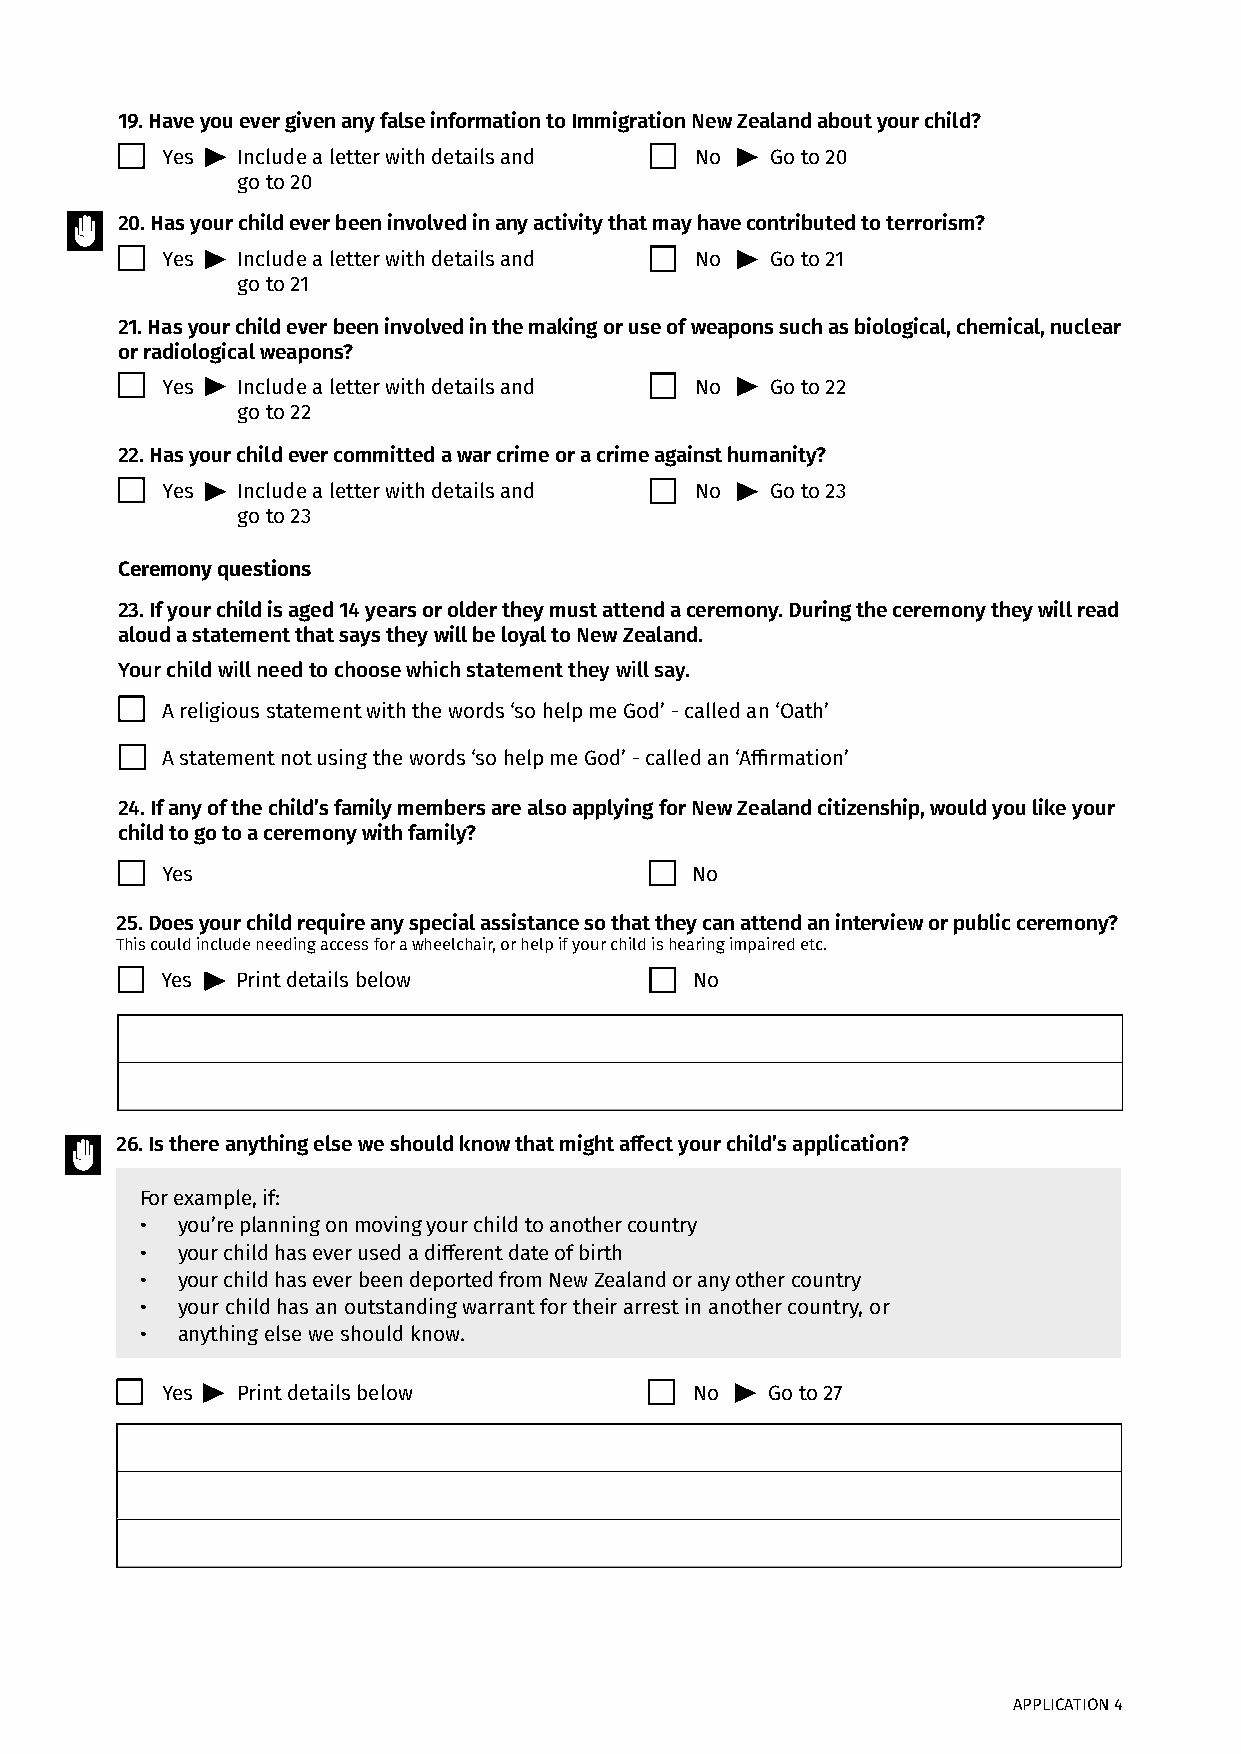
19. Have you ever given any false information to Immigration New Zealand about your child?
 Yes  Include a letter with details and No Go to 20
 go to 20
 20. Has your child ever been involved in any activity that may have contributed to terrorism?
 Yes  Include a letter with details and No Go to 21
 go to 21
 21. Has your child ever been involved in the making or use of weapons such as biological, chemical, nuclear
 or radiological weapons?
 Yes  Include a letter with details and No Go to 22
 go to 22
 22. Has your child ever committed a war crime or a crime against humanity?
 Yes  Include a letter with details and No Go to 23
 go to 23
 Ceremony questions
 23. If your child is aged 14 years or older they must attend a ceremony. During the ceremony they will read
 aloud a statement that says they will be loyal to New Zealand.
 Your child will need to choose which statement they will say.
 A religious statement with the words ‘so help me God’ - called an ‘Oath’
 A statement not using the words ‘so help me God’ - called an ‘Affirmation’
 24. If any of the child’s family members are also applying for New Zealand citizenship, would you like your
 child to go to a ceremony with family?
 Yes                                No
 25. Does your child require any special assistance so that they can attend an interview or public ceremony?
 This could include needing access for a wheelchair, or help if your child is hearing impaired etc.
 Yes  Print details below           No
 26. Is there anything else we should know that might affect your child’s application?
 For example, if:
 •  you’re planning on moving your child to another country
 •  your child has ever used a different date of birth
 •  your child has ever been deported from New Zealand or any other country
 •  your child has an outstanding warrant for their arrest in another country, or
 •  anything else we should know.
 Yes  Print details below           No   Go to 27
 APPLICATION 4